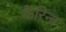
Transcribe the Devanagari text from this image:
कैरिना